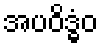
အပဝိဒ္ဓံဝ